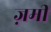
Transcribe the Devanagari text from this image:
ज़मी